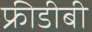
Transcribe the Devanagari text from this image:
फ्रीडीबी